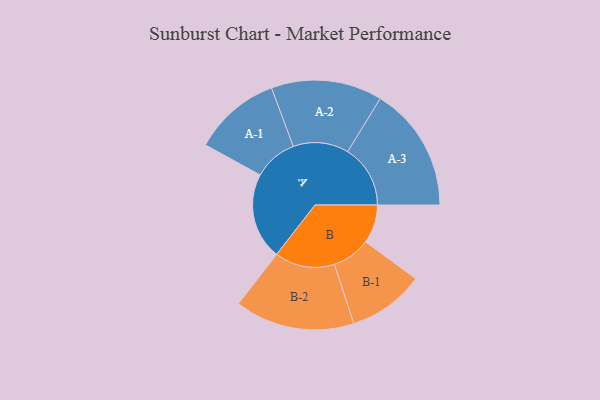
{"axis": {"x": "Segment", "y": "Value"}, "legend": ["", "A", "B"], "data": [{"x": "A", "y": 376, "type": ""}, {"x": "B", "y": 168, "type": ""}, {"x": "A-1", "y": 190, "type": "A"}, {"x": "A-2", "y": 241, "type": "A"}, {"x": "A-3", "y": 272, "type": "A"}, {"x": "B-1", "y": 166, "type": "B"}, {"x": "B-2", "y": 260, "type": "B"}]}